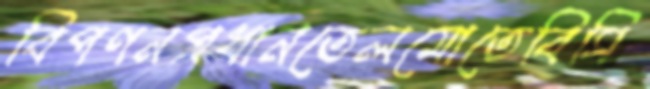
বিপণনপ্রধানতেলমোতেবিসি